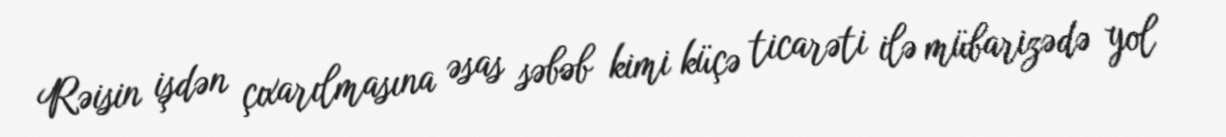
Rəisin işdən çıxarılmasına əsas səbəb kimi küçə ticarəti ilə mübarizədə yol